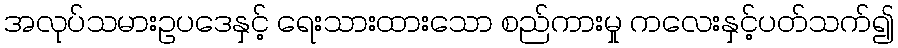
အလုပ်သမားဥပဒေနှင့် ရေးသားထားသော စည်ကားမှု ကလေးနှင့်ပတ်သက်၍